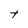
Character: t